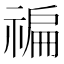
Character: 𥚹